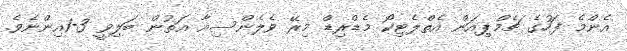
އެންމެ ފަހުގެ ޗެމްޕިއަން އެތްލެޓިކޯ މެޑްރިޑް މިރޭ ވެލެންސިއާ އަތުން ބަލިވީ 3-1އިންނެވެ.